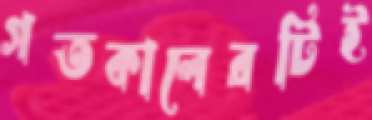
গতকালেরটিই